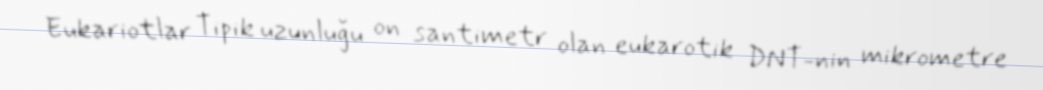
Eukariotlar Tipik uzunluğu on santimetr olan eukarotik DNT-nin mikrometre